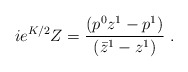
\begin{align*} ie^{K/2}Z={( p^0 z^1 - p^1) \over (\bar z^1 - z^1) }\ .\end{align*}